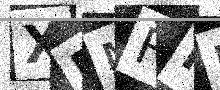
Text: XBMFPP